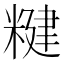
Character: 䊕